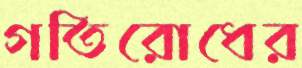
গতিরোধের